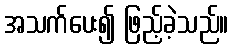
အသက်ပေး၍ ဖြည့်ခဲ့သည်။